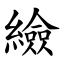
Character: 䌞